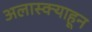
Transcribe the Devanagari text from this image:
अलास्क्याहून